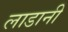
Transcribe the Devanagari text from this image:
लाडानी